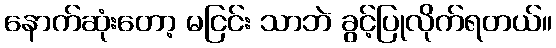
နောက်ဆုံးတော့ မငြင်း သာဘဲ ခွင့်ပြုလိုက်ရတယ်။